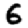
Digit: 6